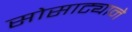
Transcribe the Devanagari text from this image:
सोसाट्याने